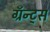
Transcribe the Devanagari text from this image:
ग्रॅन्ट्‍स